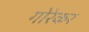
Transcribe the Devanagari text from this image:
गोरेकर